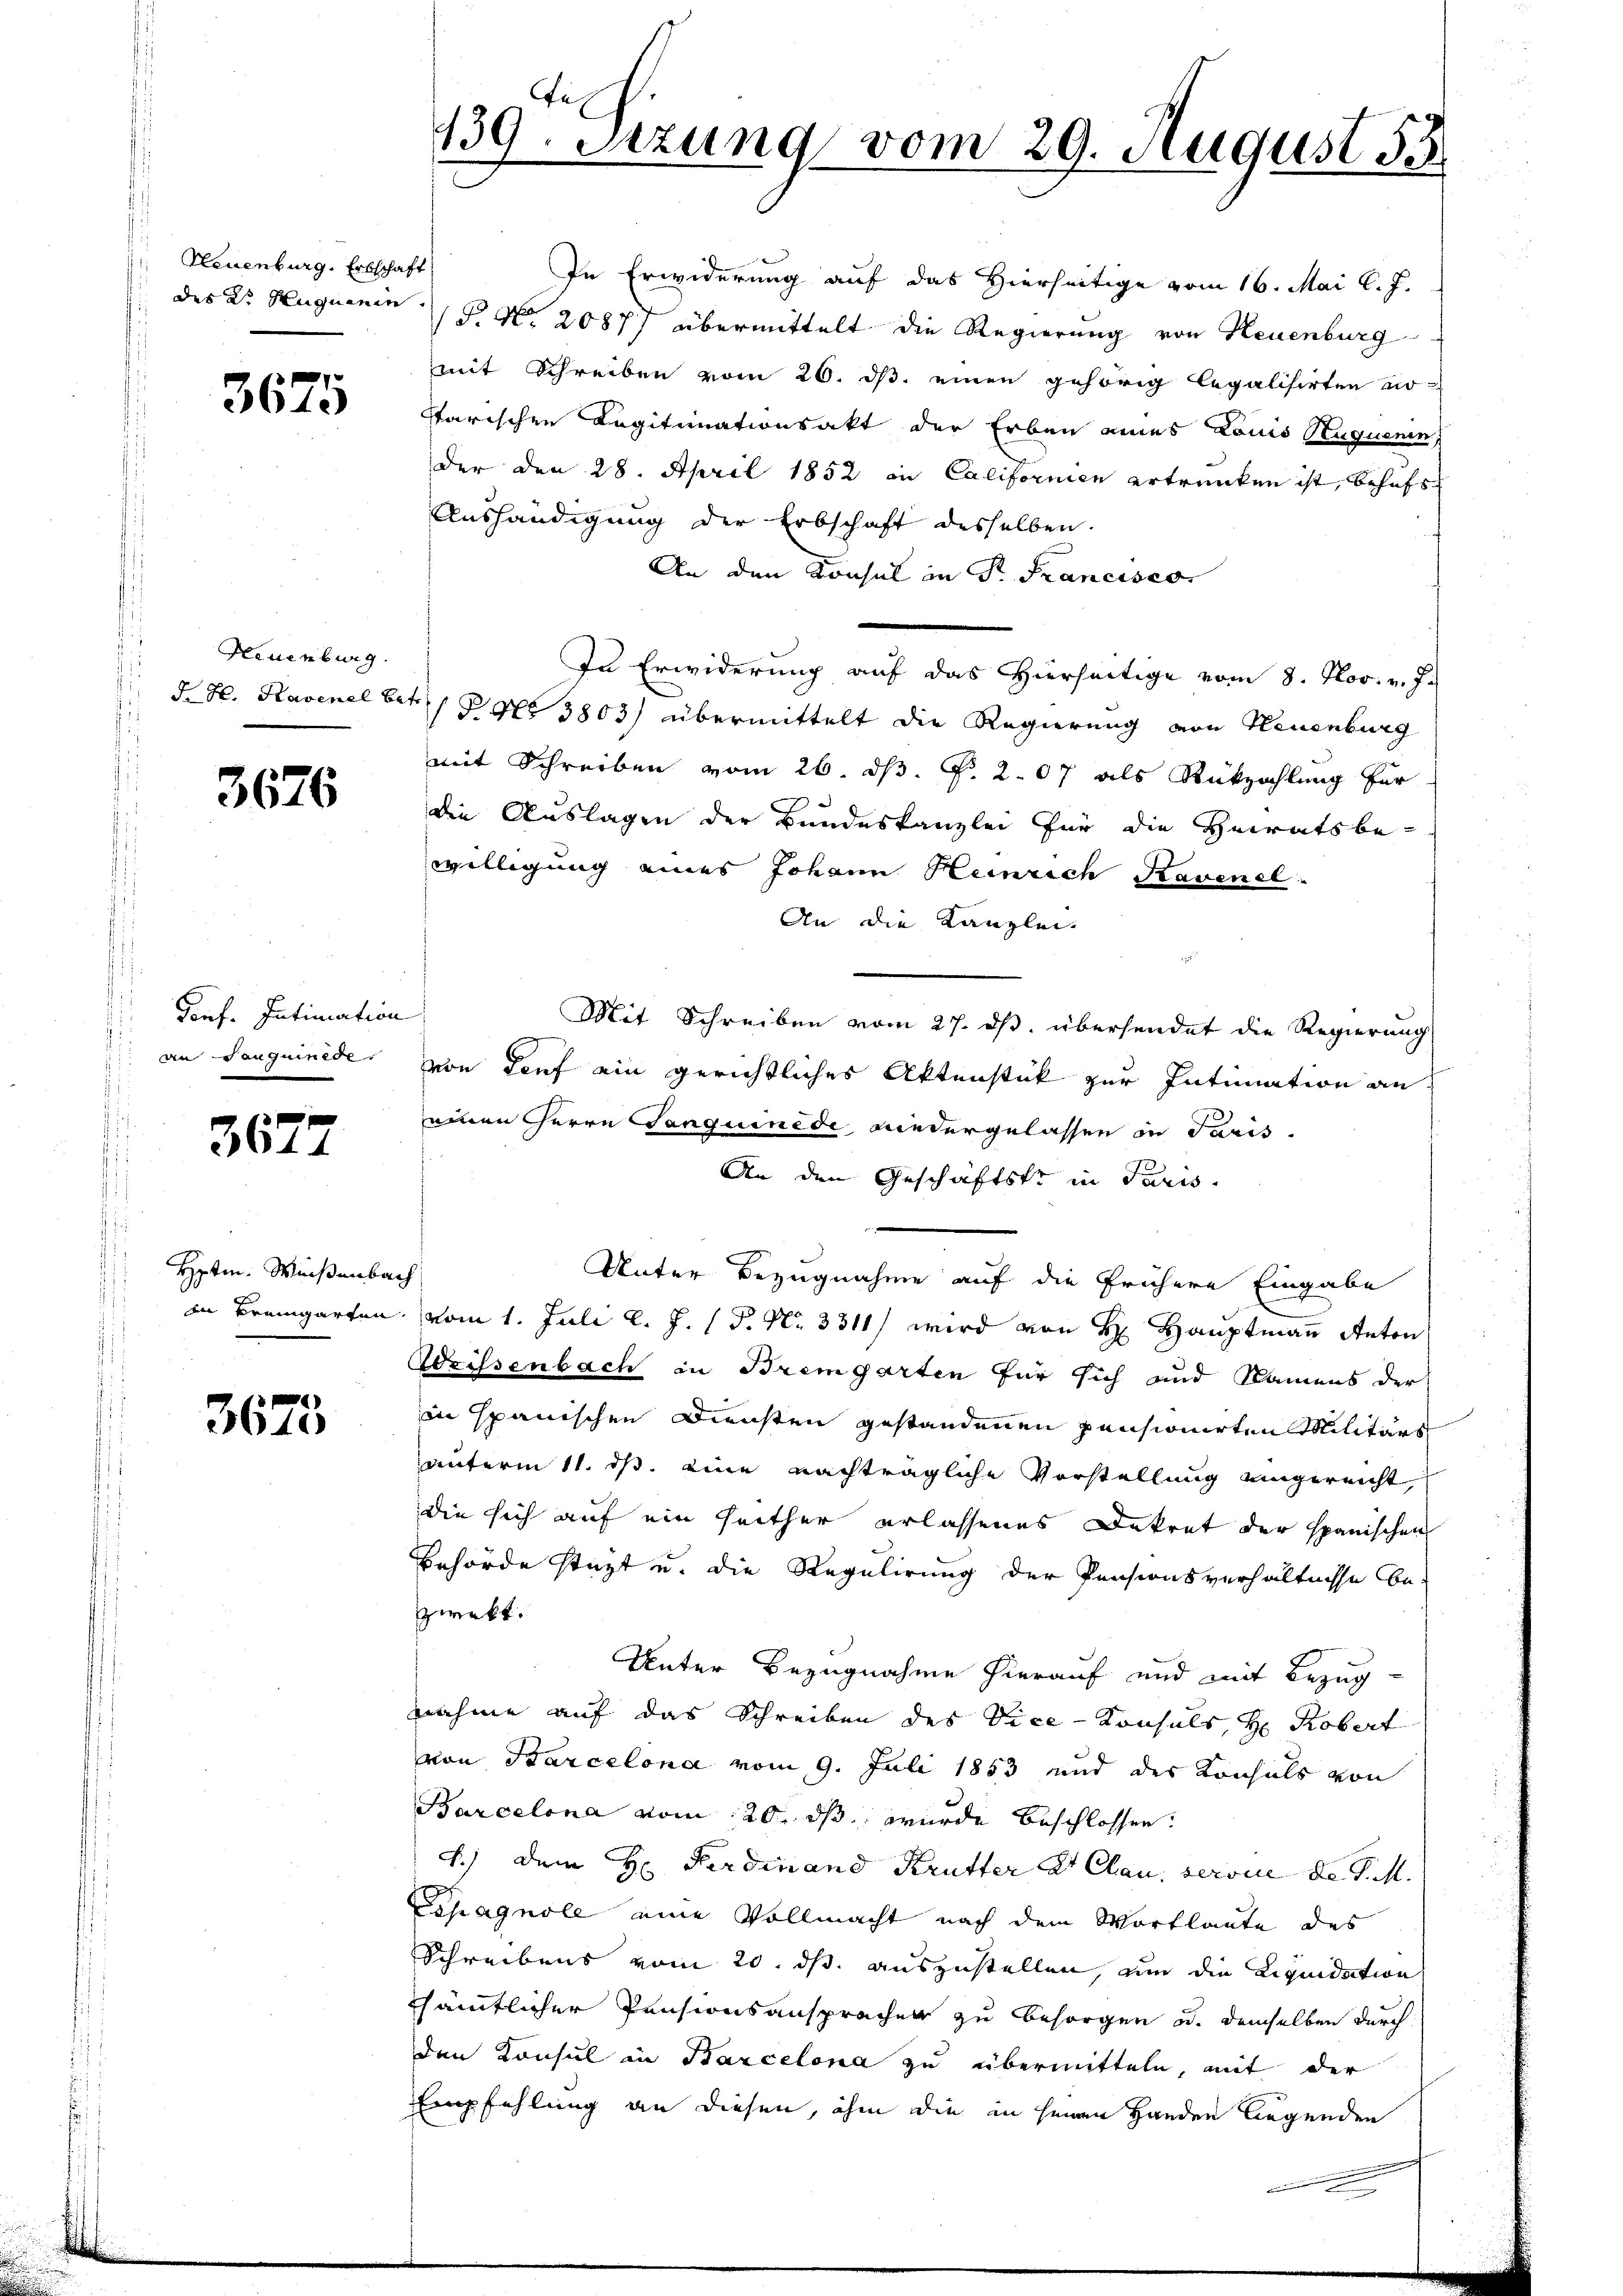
Neuenburg, Erbschaft

3675

Neuenburg.

3676

Pief. Intimation
an Languinede.

3677

Hptm. Weisenbach

3673

In Erwiderung auf das Hierseitige vom 16. Mai l. J.
des Dr. Huguenin P. Nr. 20877 übermittelt die Regierung von Neuenburg
mit Schreiben vom 20. ds. einen gehörig legalisirten no
starischen Legitimationsakt der Erben eines Louis Neuquenin
der den 28. April 1852 in Californien ertrunken ist, behufs
Aushändigung der Erbschaft desselben.
An den Konsul in P. Francisco
In Erwiderung auf das Hierseitige vom 8. Nov. v. J.
d. H. Ravenel betr. 1 Pkt. 3803) übermittelt die Regierung von Neuenburg
mit Schreiben vom 26. dß. P. 2. 07 als Rückzahlung für
die Auslagen der Bundeskanzlei für die Heiratsbe-
willigung eines Johann Heinrich Kavenel
An die Kanzlei-
Mit Schreiben vom 27. ds. übersendet die Regierung
von Tief ein gerichtliches Aktenstück zur Intimation an
einen Herrn Languinede niedergelassen in Paris
An den Geschäftstr in Paris.
Unter Bezugnahme auf die frühere Eingabe
in Bremgarten vom 1. Juli l. J. P. Nr. 3311) wird von H. Hauptmann Anton
Weissenbach in Bremgarten für sich und Namens der
in spanischen Diensten gestandenen pensionirten Militärs
unterm 11. ds. eine nachträgliche Vorstellung eingereicht,
die sich auf ein seither erlassenes Dekret der spanischen
Behörde stüzt u. die Regulirung der Pensionsverhältnisse bezwekt.
Unter Bezugnahme hierauf und mit Bezugnahme auf das Schreiben des Vice-Konsuls, H. Robert
von Parcelona vom 9. Juli 1853 und der Konsuls von
Barcelona vom 20. ds. wurde beschlossen:
4.) Dem H. Ferdinand Krutter et Clau, servie de d. M.
Espagnole eine Vollmacht nach dem Wortlaute des
Schreibens vom 20. ds. auszustellen, um die Liquidation
sämtlicher Pensionsansprachen zu besorgen u. demselben durch
den Konsul in Barcelona zu übermitteln, mit der
Empfehlung an diesen, ihm die in sein Handen legenden

139. Sizung vom 29. August 18